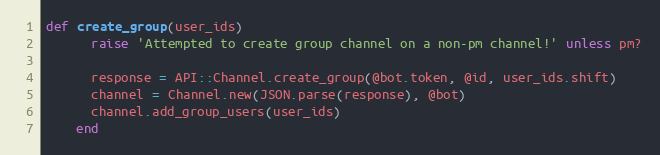
Language: Ruby
def create_group(user_ids)
      raise 'Attempted to create group channel on a non-pm channel!' unless pm?

      response = API::Channel.create_group(@bot.token, @id, user_ids.shift)
      channel = Channel.new(JSON.parse(response), @bot)
      channel.add_group_users(user_ids)
    end